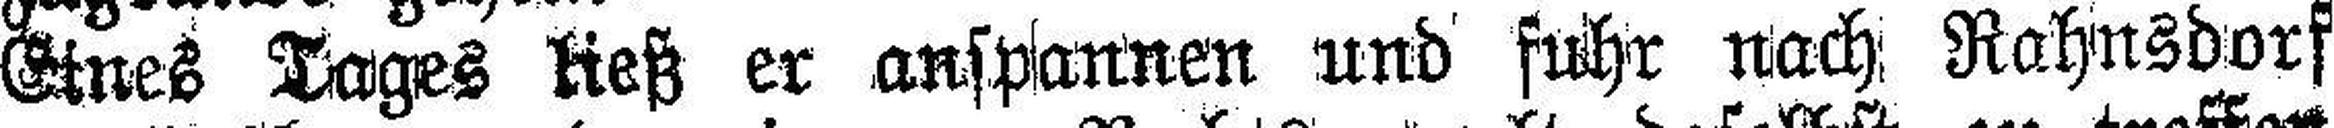
Eines Tages ließ er anspannen und fuhr nach Rahnsdorf